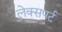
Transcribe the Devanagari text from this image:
लेक्सपर्ट